Civil Veterinary Department Bihar reports 1936-40 - 1936-1940
Year: 1936
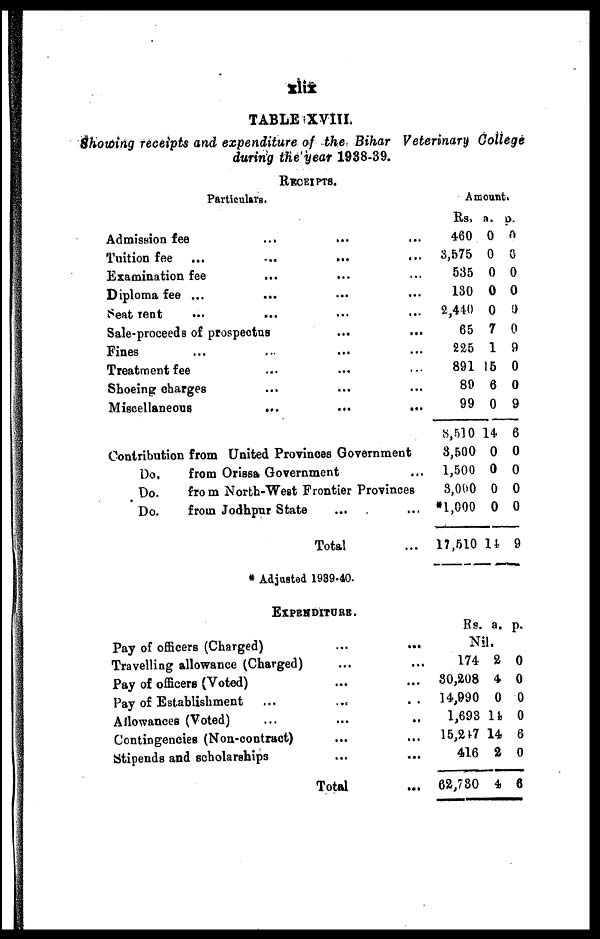
xlix
TABLE XVIII.
Showing receipts and expenditure of the Bihar Veterinary College
during the year 1938-39.
RECEIPTS.
Particulars.
Admission fee ... ...
Tuition fee ... ... ... ...
Examination fee
...
... ...
Diploma fee ... ... ... ...
Seat rent ... ... ... ...
Sale-proceeds of prospectus .. ...
Fines ... ... ... ...
Treatment fee ... ... ...
Shoeing charges ... ... ...
Miscellaneous
...
...
...
Contribution from United Provinces Government
Do.
from Orissa Government ...
Do.
from North-West Frontier Provinces
Do.
from Jodhpur State ... ...
Total ...
Amount.
Rs. a. p.
460 0 0
3,575 0 0
535 0 0
130 0 0
2,410 0 9
65 7 0
225 1 9
891 15 0
89 6 0
99 0 9
8,510 14 6
3,500 0 0
1,500 0 0
3,000 0 0
1,600 0 0
17,510 14 9
* Adjusted 1939-40.
EXPENDITURS.
Pay of officers (Charged)
Travelling allowance (Charged) ...
Pay of officers (Voted) ...
Pay of Establishment
Allowances (Voted)
Contingencies (Non-contract)
Stipends and scholarships
Total ...
Rs. a. p.
Nil.
174 2 0
30,208 4 0
14,990 0 0
1,693 14, 0
15,247 14 6
416 2 0
62,730 4 6